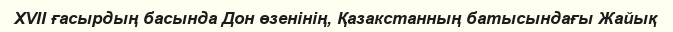
XVII ғасырдың басында Дон өзенінің, Қазакстанның батысындағы Жайық